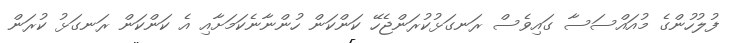
ފުލުހުންގެ މުއައްސަސާ ގައިވެސް ރަނގަޅުކުރަންޖެހޭ ކަންކަން ހުންނާނެކަމަށާއި އެ ކަންކަން ރަނގަޅު ކުރަން